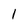
Character: l